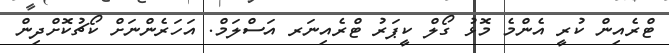
ޓްރެއިން ކުރީ އެންމެ މޮޅު ގޯލް ކީޕަރު ޓްރެއިނަރ އަސްލަމް. އަހަރެންނަށް ކޯޗުކޮށްދިން